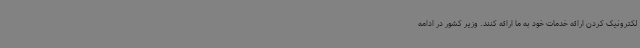
لکترونیک کردن ارائه خدمات خود به ما ارائه کنند. وزیر کشور در ادامه